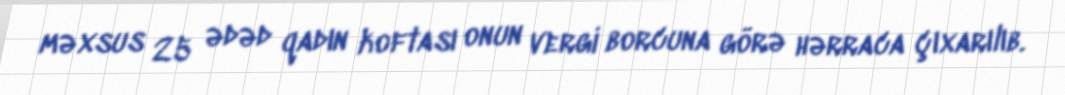
məxsus 25 ədəd qadın koftası onun vergi borcuna görə hərraca çıxarılıb.